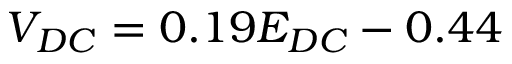
V _ { D C } = 0 . 1 9 E _ { D C } - 0 . 4 4